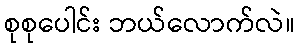
စုစုပေါင်း ဘယ်လောက်လဲ။